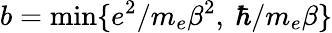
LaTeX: b=\operatorname*{min}\{ e^{2}/{m_{e}\beta^{2}},\ \hbar/{m_{e}\beta}\}